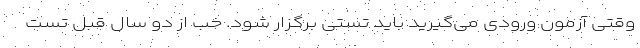
وقتی آزمون ورودی می‌گیرید باید تستی برگزار شود. خب از دو سال قبل تست